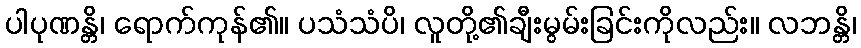
ပါပုဏန္တိ၊ ရောက်ကုန်၏။ ပသံသံပိ၊ လူတို့၏ချီးမွမ်းခြင်းကိုလည်း။ လဘန္တိ၊